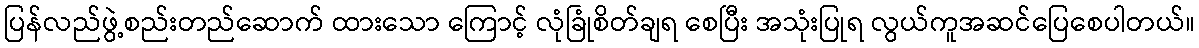
ပြန်လည်ဖွဲ့စည်းတည်ဆောက် ထားသော ကြောင့် လုံခြုံစိတ်ချရ စေပြီး အသုံးပြုရ လွယ်ကူအဆင်ပြေစေပါတယ်။